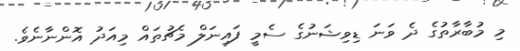
މި މުބާރާތުގެ ދެ ވަނަ ޑިވިޝަނުގެ ސެމީ ފައިނަލް މެޗުތައް މިއަދު އޮންނާނެވެ.